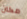
مكان